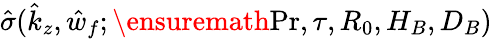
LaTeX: \hat{\sigma}(\hat{k}_{z},\hat{w}_{f};\ensuremath{\mathrm{Pr}},\tau,R_{0},H_{B},D_{B})